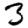
Digit: 3